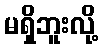
မရှိဘူးလို့